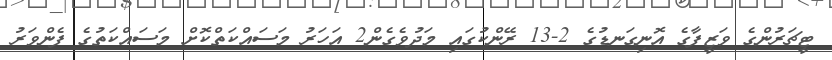
ޓީޗަރުންގެ ވަޒީފާގެ އޮނިގަނޑުގެ 2-13 ރޭންކުގައި މަދުވެގެން2 އަހަރު މަސައްކަތްކޮށް މަސައްކަތުގެ ފެންވަރު